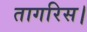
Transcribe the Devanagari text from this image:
तागरिस।